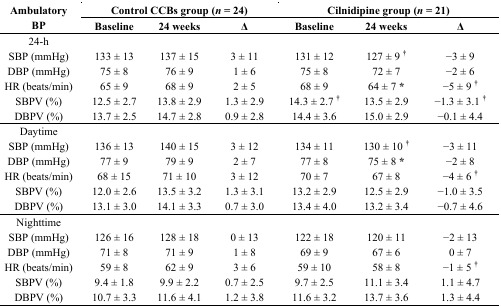
<table><thead><tr><td rowspan="3"><b>Ambulatory BP</b></td><td colspan="3"><b>Control CCBs group (<i>n</i> = 24)</b></td><td colspan="3"><b>Cilnidipine group (<i>n</i> = 21)</b></td></tr><tr><td><b>Baseline</b></td><td><b>24 weeks</b></td><td><b>Δ</b></td><td><b>Baseline</b></td><td><b>24 weeks</b></td><td><b>Δ</b></td></tr></thead><tbody><tr><td>24-h</td><td></td><td></td><td></td><td></td><td></td><td></td></tr><tr><td>SBP (mmHg)</td><td>133 ± 13</td><td>137 ± 15</td><td>3 ± 11</td><td>131 ± 12</td><td>127 ± 9 †</td><td>−3 ± 9</td></tr><tr><td>DBP (mmHg)</td><td>75 ± 8</td><td>76 ± 9</td><td>1 ± 6</td><td>75 ± 8</td><td>72 ± 7</td><td>−2 ± 6</td></tr><tr><td>HR (beats/min)</td><td>65 ± 9</td><td>68 ± 9</td><td>2 ± 5</td><td>68 ± 9</td><td>64 ± 7 *</td><td>−5 ± 9 †</td></tr><tr><td>SBPV (%)</td><td>12.5 ± 2.7</td><td>13.8 ± 2.9</td><td>1.3 ± 2.9</td><td>14.3 ± 2.7 †</td><td>13.5 ± 2.9</td><td>−1.3 ± 3.1 †</td></tr><tr><td>DBPV (%)</td><td>13.7 ± 2.5</td><td>14.7 ± 2.8</td><td>0.9 ± 2.8</td><td>14.4 ± 3.6</td><td>15.0 ± 2.9</td><td>−0.1 ± 4.4</td></tr><tr><td>Daytime</td><td></td><td></td><td></td><td></td><td></td><td></td></tr><tr><td>SBP (mmHg)</td><td>136 ± 13</td><td>140 ± 15</td><td>3 ± 12</td><td>134 ± 11</td><td>130 ± 10 †</td><td>−3 ± 11</td></tr><tr><td>DBP (mmHg)</td><td>77 ± 9</td><td>79 ± 9</td><td>2 ± 7</td><td>77 ± 8</td><td>75 ± 8 *</td><td>−2 ± 8</td></tr><tr><td>HR (beats/min)</td><td>68 ± 15</td><td>71 ± 10</td><td>3 ± 12</td><td>70 ± 7</td><td>67 ± 8</td><td>−4 ± 6 †</td></tr><tr><td>SBPV (%)</td><td>12.0 ± 2.6</td><td>13.5 ± 3.2</td><td>1.3 ± 3.1</td><td>13.2 ± 2.9</td><td>12.5 ± 2.9</td><td>−1.0 ± 3.5</td></tr><tr><td>DBPV (%)</td><td>13.1 ± 3.0</td><td>14.1 ± 3.3</td><td>0.7 ± 3.0</td><td>13.4 ± 4.0</td><td>13.2 ± 3.4</td><td>−0.7 ± 4.6</td></tr><tr><td>Nighttime</td><td></td><td></td><td></td><td></td><td></td><td></td></tr><tr><td>SBP (mmHg)</td><td>126 ± 16</td><td>128 ± 18</td><td>0 ± 13</td><td>122 ± 18</td><td>120 ± 11</td><td>−2 ± 13</td></tr><tr><td>DBP (mmHg)</td><td>71 ± 8</td><td>71 ± 9</td><td>1 ± 8</td><td>69 ± 9</td><td>67 ± 6</td><td>0 ± 7</td></tr><tr><td>HR (beats/min)</td><td>59 ± 8</td><td>62 ± 9</td><td>3 ± 6</td><td>59 ± 10</td><td>58 ± 8</td><td>−1 ± 5 †</td></tr><tr><td>SBPV (%)</td><td>9.4 ± 1.8</td><td>9.9 ± 2.2</td><td>0.7 ± 2.5</td><td>9.7 ± 2.5</td><td>11.1 ± 3.4</td><td>1.1 ± 4.7</td></tr><tr><td>DBPV (%)</td><td>10.7 ± 3.3</td><td>11.6 ± 4.1</td><td>1.2 ± 3.8</td><td>11.6 ± 3.2</td><td>13.7 ± 3.6</td><td>1.3 ± 4.4</td></tr></tbody></table>